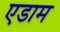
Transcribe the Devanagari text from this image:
एडाम